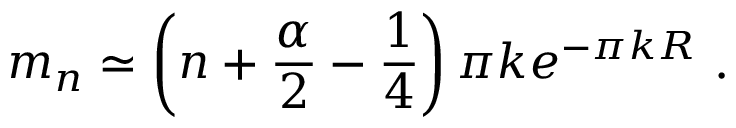
m _ { n } \simeq \left( n + \frac { \alpha } { 2 } - \frac { 1 } { 4 } \right) \pi k e ^ { - \pi k R } ~ .